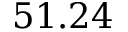
5 1 . 2 4